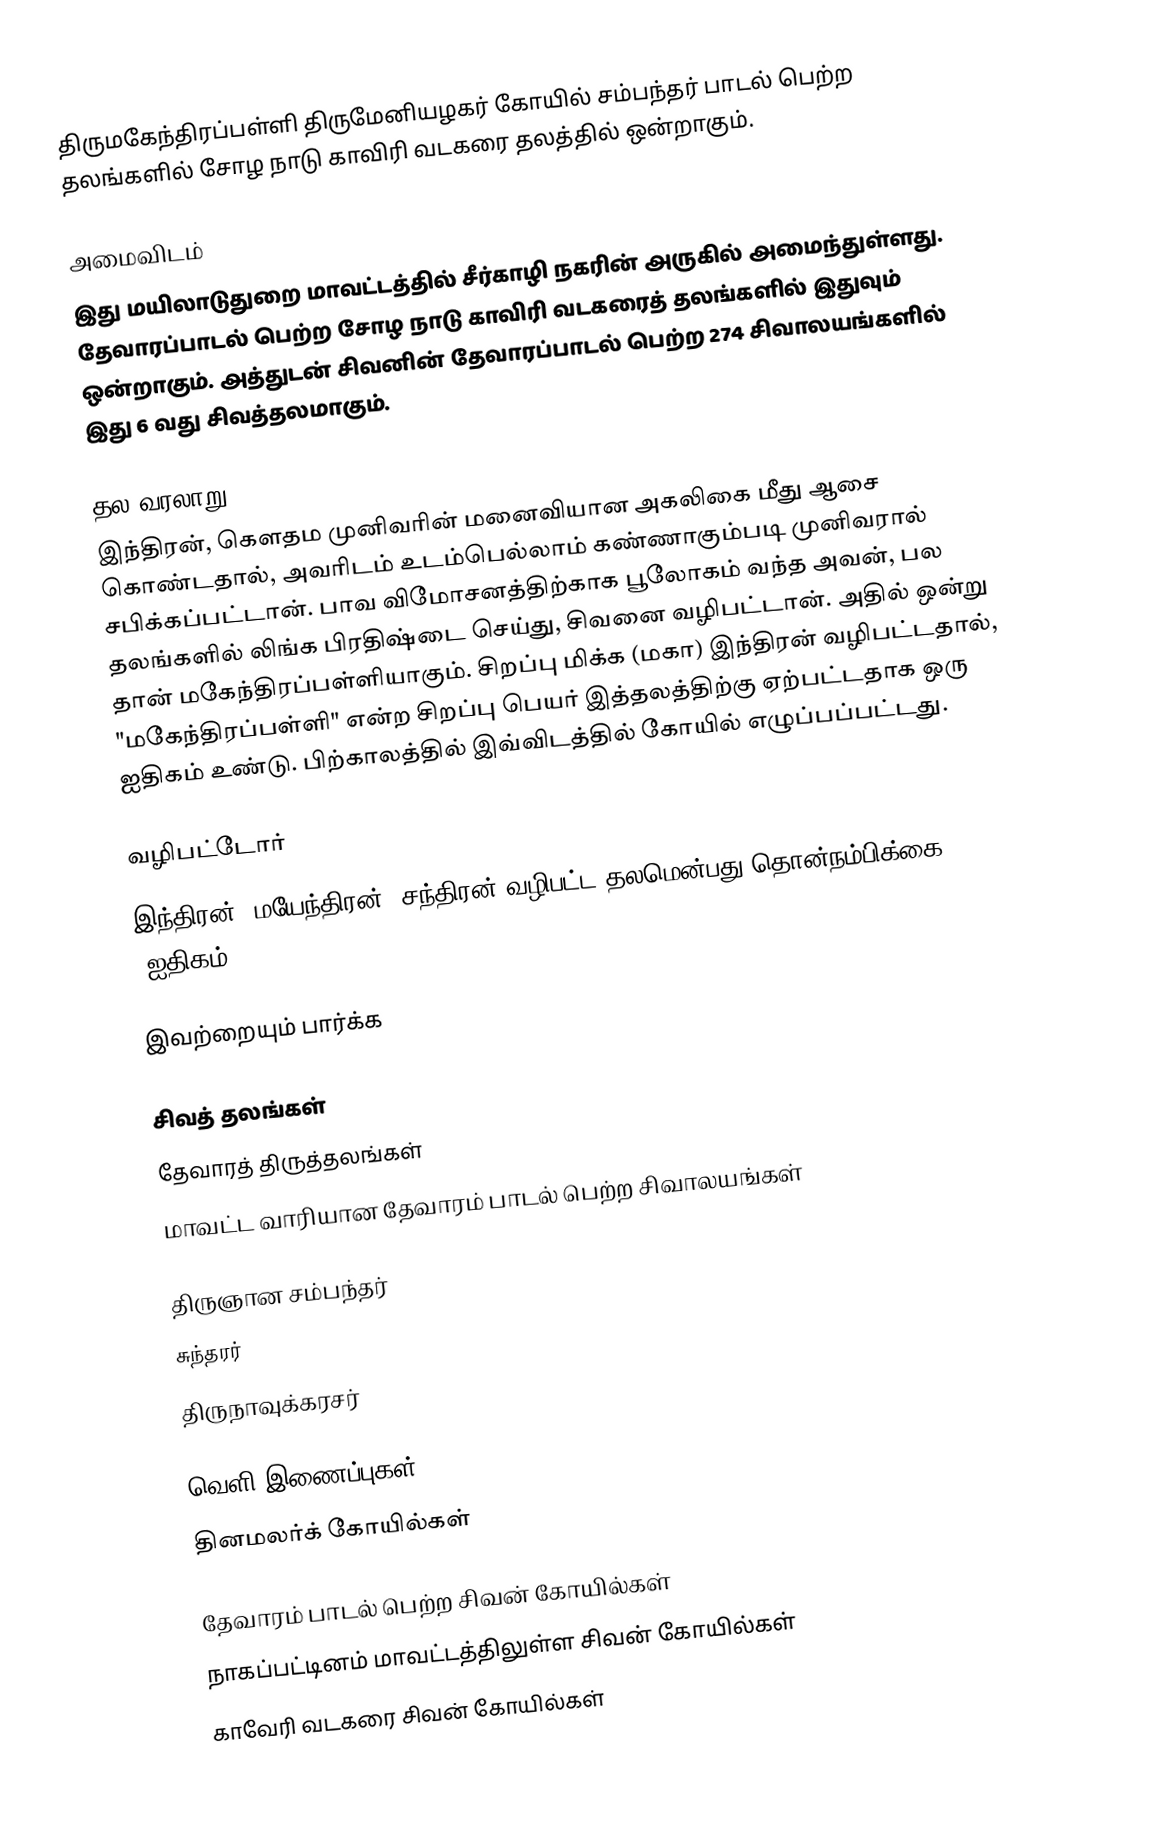
திருமகேந்திரப்பள்ளி திருமேனியழகர் கோயில் சம்பந்தர் பாடல் பெற்ற தலங்களில் சோழ நாடு காவிரி வடகரை தலத்தில் ஒன்றாகும்.

அமைவிடம்
இது மயிலாடுதுறை மாவட்டத்தில் சீர்காழி நகரின் அருகில் அமைந்துள்ளது. தேவாரப்பாடல் பெற்ற சோழ நாடு காவிரி வடகரைத் தலங்களில் இதுவும் ஒன்றாகும். அத்துடன் சிவனின் தேவாரப்பாடல் பெற்ற 274 சிவாலயங்களில் இது 6 வது சிவத்தலமாகும்.

தல வரலாறு
இந்திரன், கௌதம முனிவரின் மனைவியான அகலிகை மீது ஆசை கொண்டதால், அவரிடம் உடம்பெல்லாம் கண்ணாகும்படி முனிவரால் சபிக்கப்பட்டான். பாவ விமோசனத்திற்காக பூலோகம் வந்த அவன், பல தலங்களில் லிங்க பிரதிஷ்டை செய்து, சிவனை வழிபட்டான். அதில் ஒன்று தான் மகேந்திரப்பள்ளியாகும். சிறப்பு மிக்க (மகா) இந்திரன் வழிபட்டதால், "மகேந்திரப்பள்ளி" என்ற சிறப்பு பெயர் இத்தலத்திற்கு ஏற்பட்டதாக ஒரு ஐதிகம் உண்டு. பிற்காலத்தில் இவ்விடத்தில் கோயில் எழுப்பப்பட்டது.

வழிபட்டோர்
இந்திரன், மயேந்திரன், சந்திரன் வழிபட்ட தலமென்பது தொன்நம்பிக்கை (ஐதிகம்).

இவற்றையும் பார்க்க

 சிவத் தலங்கள்
 தேவாரத் திருத்தலங்கள்
 மாவட்ட வாரியான தேவாரம் பாடல் பெற்ற சிவாலயங்கள்

 திருஞான சம்பந்தர்
 சுந்தரர்
 திருநாவுக்கரசர்

வெளி இணைப்புகள்
தினமலர்க் கோயில்கள்

தேவாரம் பாடல் பெற்ற சிவன் கோயில்கள்
நாகப்பட்டினம் மாவட்டத்திலுள்ள சிவன் கோயில்கள்
காவேரி வடகரை சிவன் கோயில்கள்